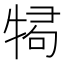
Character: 𭷫